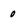
Character: 0